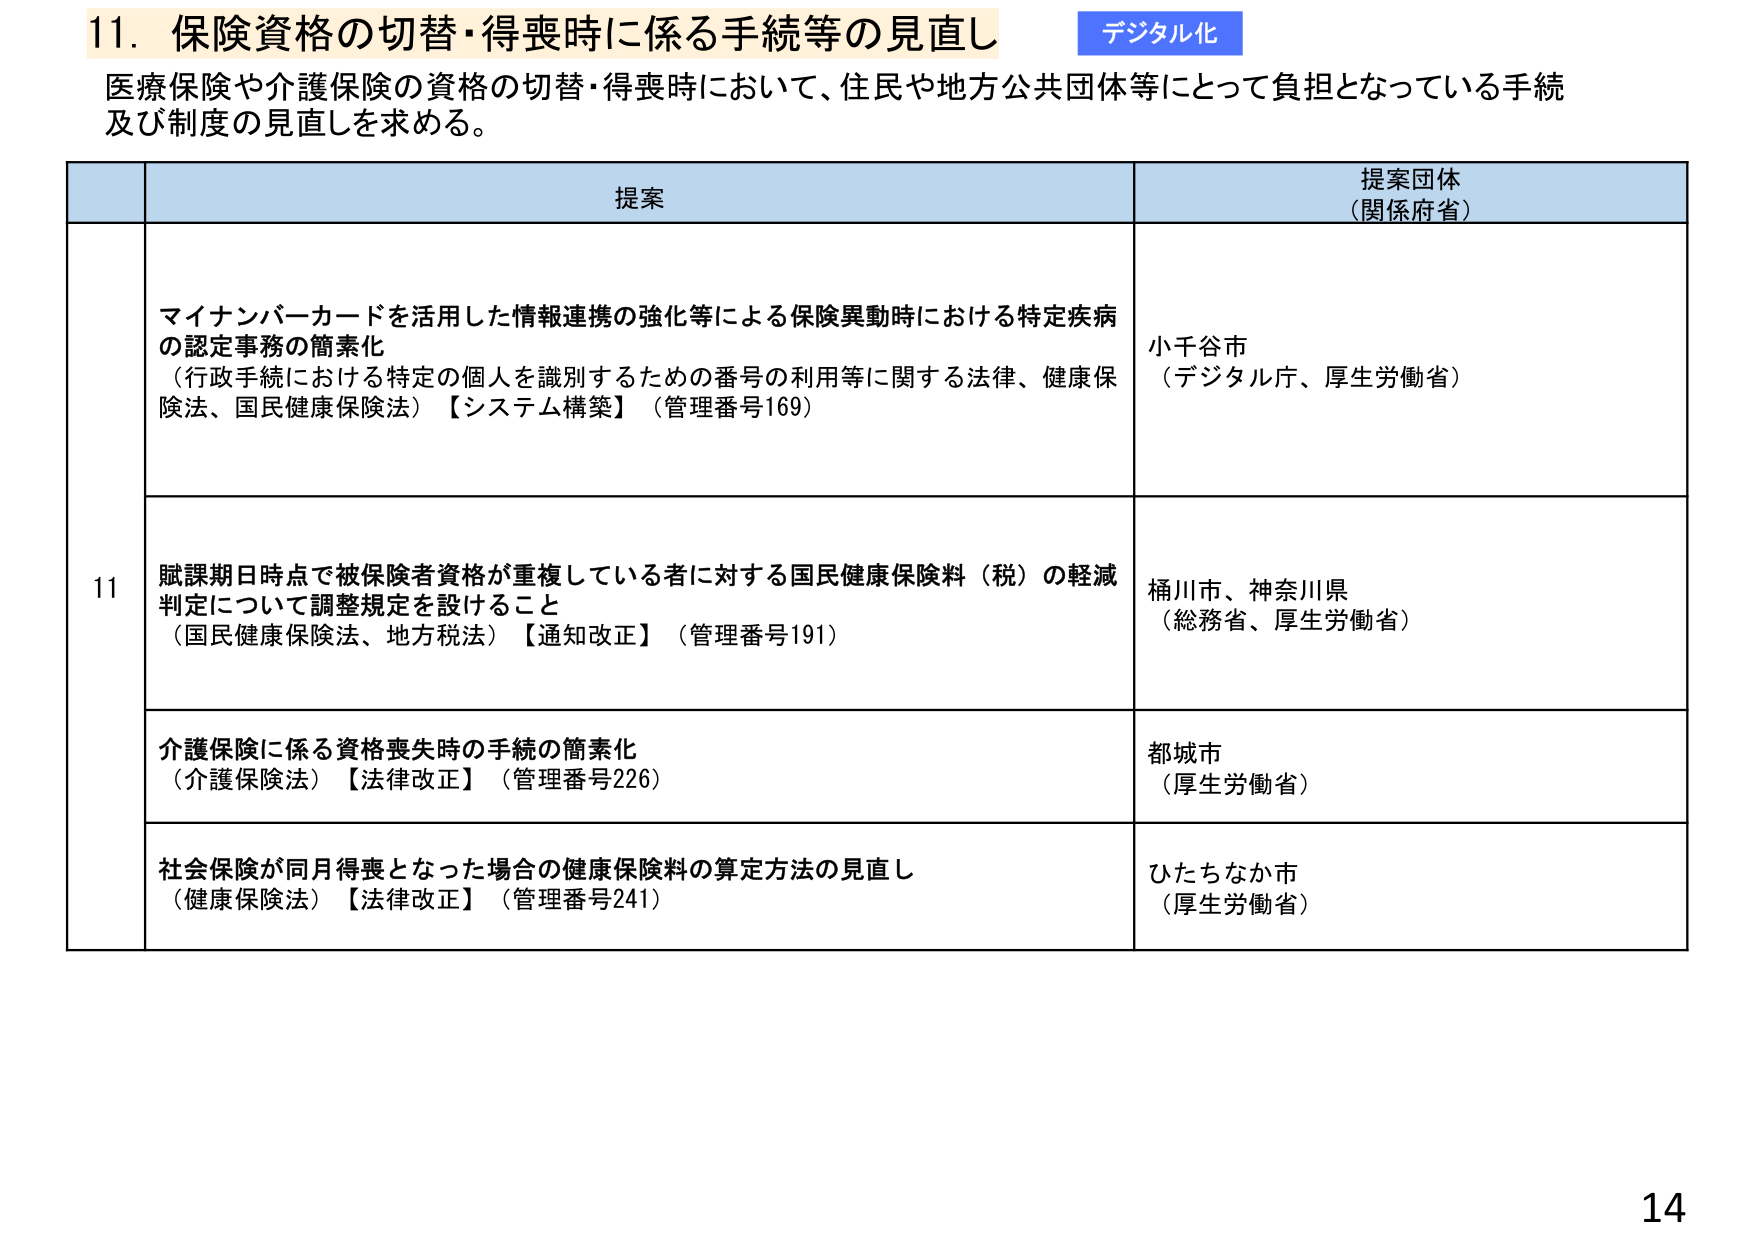
11. 保険資格の切替・得喪時に係る手続等の見直し
デジタル化
医療保険や介護保険の資格の切替・得喪時において、住民や地方公共団体等にとって負担となっている手続及び制度の見直しを求める。

提案
提案団体
（関係府省）

11
マイナンバーカードを活用した情報連携の強化等による保険異動時における特定疾病の認定事務の簡素化
（行政手続における特定の個人を識別するための番号の利用等に関する法律、健康保険法、国民健康保険法）【システム構築】（管理番号169）
小千谷市
（デジタル庁、厚生労働省）

賦課期日時点で被保険者資格が重複している者に対する国民健康保険料（税）の軽減判定について調整規定を設けること
（国民健康保険法、地方税法）【通知改正】（管理番号191）
桶川市、神奈川県
（総務省、厚生労働省）

介護保険に係る資格喪失時の手続の簡素化
（介護保険法）【法律改正】（管理番号226）
都城市
（厚生労働省）

社会保険が同月得喪となった場合の健康保険料の算定方法の見直し
（健康保険法）【法律改正】（管理番号241）
ひたちなか市
（厚生労働省）

14